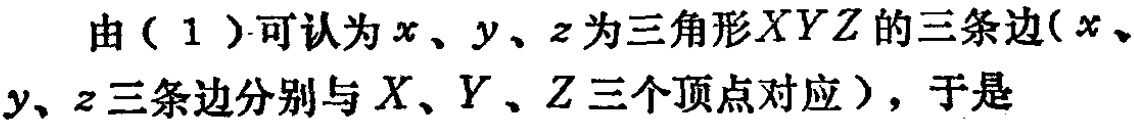
由（1）可认为\(x、y、z\)为三角形\(XYZ\)的三条边（\(x、y、z\)三条边分别与\(X、Y、Z\)三个顶点对应），于是